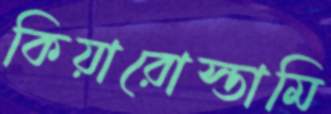
কিয়ারোস্তামি